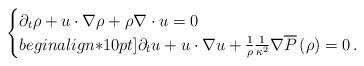
LaTeX: \begin{align*} \begin{cases} \partial_{t}\rho+u\cdot \nabla \rho + \rho\nabla\cdot u=0\\begin{align*}10pt] \partial_{t}u + u\cdot \nabla u + \frac{1}{\rho}\frac{1}{\kappa^{2}}\nabla \overline{P}\left(\rho\right)=0 \,. \end{cases}\end{align*}